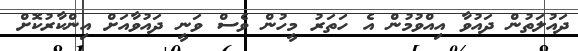
ދައުލަތުން ދައުވާ އިއްވުމުން އެ ހަތަރު މީހުން ވެސް ވަނީ ދައުވާއަށް އިންކާރުކޮށް